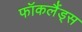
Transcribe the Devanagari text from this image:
फॉकलैंड्स